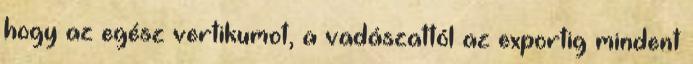
hogy az egész vertikumot, a vadászattól az exportig mindent